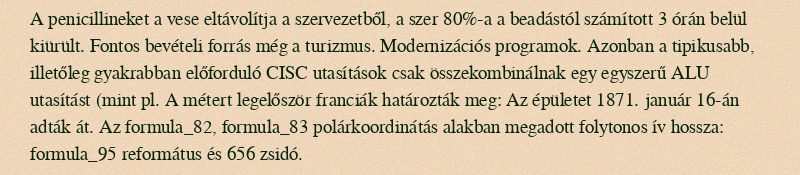
A penicillineket a vese eltávolítja a szervezetből, a szer 80%-a a beadástól számított 3 órán belül kiürült. Fontos bevételi forrás még a turizmus. Modernizációs programok. Azonban a tipikusabb, illetőleg gyakrabban előforduló CISC utasítások csak összekombinálnak egy egyszerű ALU utasítást (mint pl. A métert legelőször franciák határozták meg: Az épületet 1871. január 16-án adták át. Az formula_82, formula_83 polárkoordinátás alakban megadott folytonos ív hossza: formula_95 református és 656 zsidó.